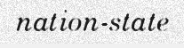
nation-state